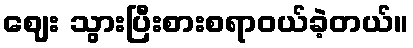
ဈေး သွားပြီးစားစရာဝယ်ခဲ့တယ်။